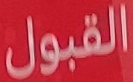
القبول